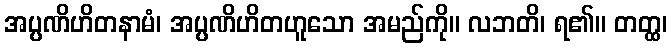
အပ္ပဏိဟိတနာမံ၊ အပ္ပဏိဟိတဟူသော အမည်ကို။ လဘတိ၊ ရ၏။ တတ္ထ၊